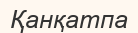
Қанқатпа